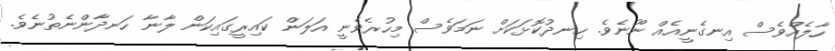
ހާލެއްވެސް އިނގެނީއެއް ނޫނެވެ. ހިނދުކޮޅަކަށް ނަމަވެސް މިހުރެވެނީ އަލަން ކައިރީގައިކަން ލާނާ ހަނދާންނެތުނެވެ.